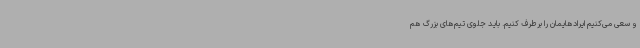
و سعی می‌کنیم ایرادهایمان را برطرف کنیم. باید جلوی تیم‌های بزرگ هم